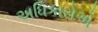
અધિકારોએ